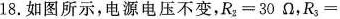
18.如图所示，电源电压不变，$$R_{2}=30\Omega$$，R_{3}=